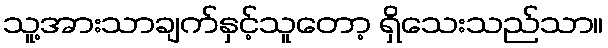
သူ့အားသာချက်နှင့်သူတော့ ရှိသေးသည်သာ။